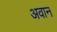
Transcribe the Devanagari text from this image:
अवान